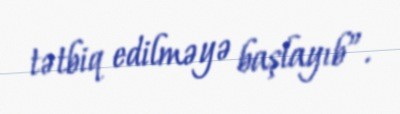
tətbiq edilməyə başlayıb”.